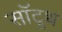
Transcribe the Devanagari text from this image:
सॉटूथ